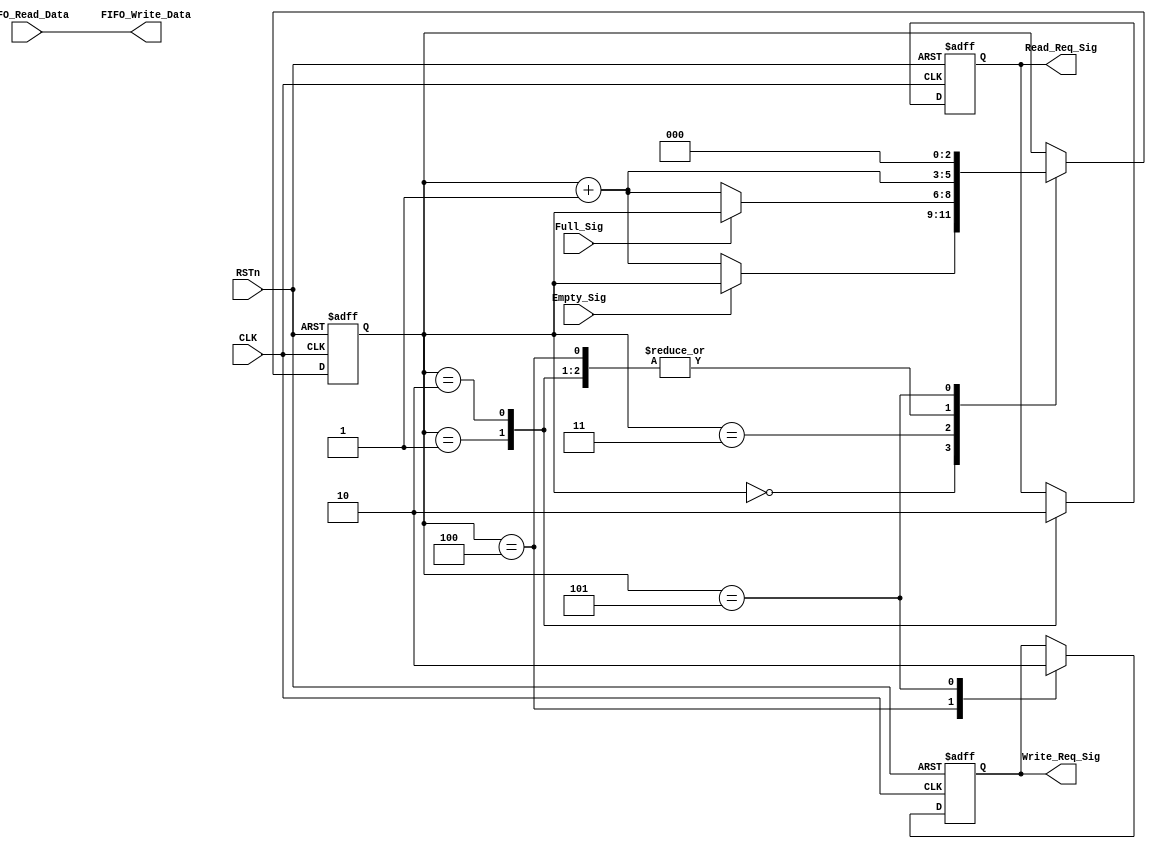
///////////////////////////////////////////////
//// inter_ctl_module.v
//// 				ZHAOCHAO
//// 					2016-11-20
///////////////////////////////////////////////////////////
////

module inter_ctl_module
(
	CLK, RSTn,
	Empty_Sig,
	FIFO_Read_Data,
	Read_Req_Sig,
	Full_Sig,
	FIFO_Write_Data,
	Write_Req_Sig
);

	input CLK;
	input RSTn;
	
	input Empty_Sig;
	input [7:0]FIFO_Read_Data;
	output Read_Req_Sig;
	
	input Full_Sig;
	output Write_Req_Sig;
	output [7:0]FIFO_Write_Data;

	
	///////////////////////////////////////////////////
	
	parameter isTST = 1'b0;
	
	reg [2:0]state_index;
	reg isRead;
	reg isWrite;
	
	always@(posedge CLK or negedge RSTn)
		if (!RSTn)
			begin
				state_index <= 3'd0;
				isRead <= 1'b0;
				isWrite <= 1'b0;
			end
		else
			case (state_index)
				3'd0:
					if (!Empty_Sig)
						state_index <= state_index + 1'b1;
				
				3'd1:
					begin
						isRead <= 1'b1;
						state_index <= state_index + 1'b1;
					end
					
				3'd2:
					begin
						isRead <= 1'b0;
						state_index <= state_index + 1'b1;
					end
				
				3'd3:
					if (!Full_Sig)
						state_index <= state_index + 1'b1;
				
				3'd4:
					begin
						isWrite <= 1'b1;
						state_index <= state_index + 1'b1;
					end
				
				3'd5:
					begin
						isWrite <= 1'b0;
						state_index <= 3'd0;
					end
			endcase

/*			
	///////////////////////
	
	reg isTSTWrite;
	reg rTX_DATA;
	reg rFIFO_Write_Data;
	reg [2:0]tst_state_index;
	
	
	always@(posedge CLK or negedge RSTn)
		if (!RSTn)
			begin
				tst_state_index <= 3'd0;
				isTSTWrite <= 1'b0;
				rFIFO_Write_Data <= 8'd0;
			end
		else
			case (tst_state_index)
				3'd0:
					if (!Full_Sig)
						begin
							tst_state_index <= tst_state_index + 1'b1;
							rFIFO_Write_Data <= rTX_DATA;
						end
				
				3'd1:
					begin
						isTSTWrite <= 1'b1;
						tst_state_index <= tst_state_index + 1'b1;
					end
					
				3'd2:
					begin
						isTSTWrite <= 1'b0;
						tst_state_index <= tst_state_index + 1'b1;
					end
					
				3'd3:
					if (rTX_DATA == 8'hff)
						rTX_DATA <= 8'h00;
					else
						begin
							rTX_DATA <= rTX_DATA + 1'b1;
							tst_state_index <= 3'd0;
						end
				
			endcase
			
	*/					
	
	////////////////////////////////////////////////////////
	
	assign Read_Req_Sig = isRead;
	//assign Write_Req_Sig = (isTST == 1) ? isTSTWrite : isWrite;
	assign Write_Req_Sig = isWrite;
	assign FIFO_Write_Data = FIFO_Read_Data;
	//assign FIFO_Write_Data = rFIFO_Write_Data;
	
endmodule